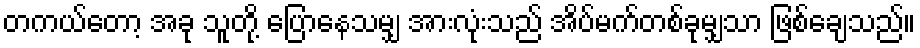
တကယ်တော့ အခု သူတို့ ပြောနေသမျှ အားလုံးသည် အိပ်မက်တစ်ခုမျှသာ ဖြစ်ချေသည်။